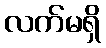
လက်မရှိ